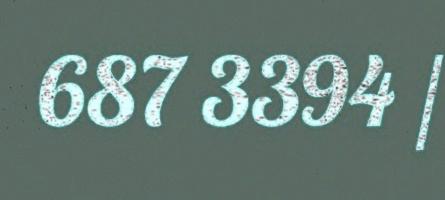
687 3394 /